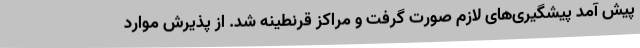
پیش آمد پیشگیری‌های لازم صورت گرفت و مراکز قرنطینه شد. از پذیرش موارد